Standards of the constituents of the urine and blood and the bearing of the metabolism of Bengalis on the problems of nutrition - Number 34
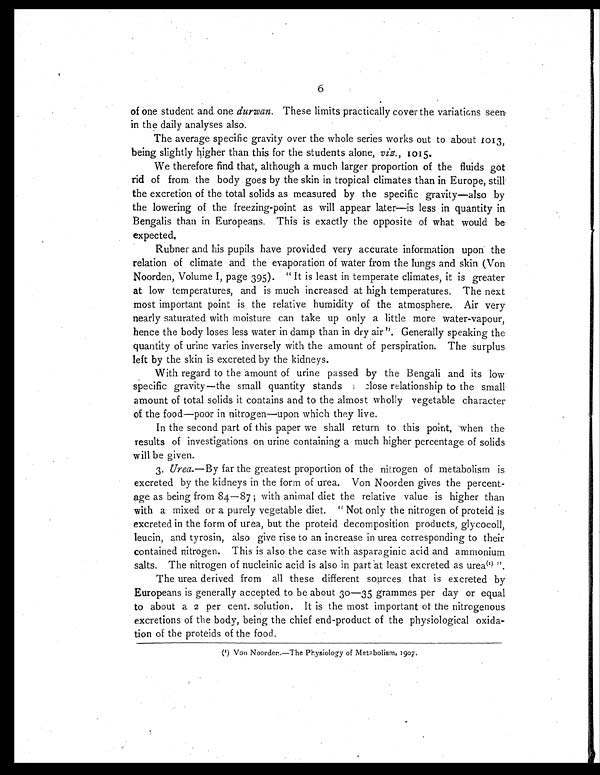
6
of one student and one durwan. These limits practically cover the variations seen
in the daily analyses also.
The average specific gravity over the whole series works out to about 1013,
being slightly higher than this for the students alone, viz. , 1015.
We therefore find that, although a much larger proportion of the fluids got
rid of from the body goes by the skin in tropical climates than in Europe, still
the excretion of the total solids as measured by the specific gravity—also by
the lowering of the freezing-point as will appear later—is less in quantity in
Bengalis than in Europeans. This is exactly the opposite of what would be
expected.
Rubner and his pupils have provided very accurate information upon the
relation of climate and the evaporation of water from the lungs and skin (Von
Noorden, Volume 1, page 395). " It is least in temperate climates, it is greater
at low temperatures, and is much increased at high temperatures. The next
most important point is the relative humidity of the atmosphere. Air very
nearly saturated with moisture can take up only a little more water-vapour,
hence the body loses less water in damp than in dry air ". Generally speaking the
quantity of urine varies inversely with the amount of perspiration. The surplus
left by the skin is excreted by the kidneys.
With regard to the amount of urine passed by the Bengali and its low
specific gravity—the small quantity stands close relationship to the small
amount of total solids it contains and to the almost wholly vegetable character
of the food—poor in nitrogen—upon which they live.
In the second part of this paper we shall return to this point, when the
results of investigations on urine containing a much higher percentage of solids
will be given.
3. Urea .—By far the greatest proportion of the nitrogen of metabolism is
excreted by the kidneys in the form of urea. Von Noorden gives the percent-
age as being from 84—87 ; with animal diet the relative value is higher than
with a mixed or a purely vegetable diet. " Not only the nitrogen of proteid is
excreted in the form of urea, but the proteid decomposition products, glycocoll,
leucin, and tyrosin, also give rise to an increase in urea corresponding to their
contained nitrogen. This is also the case with asparaginic acid and ammonium
salts. The nitrogen of nucleinic acid is also in part at least excreted as ure(1) ".
The urea derived from all these different sources that is excreted by
Europeans is generally accepted to be about 30—35 grammes per day or equal
to about a 2 per cent. solution. It is the most important of the nitrogenous
excretions of the body, being the chief end-product of the physiological oxida-
tion of the proteids of the food.
(1) Von Noorder.—The Physiology of Metabolism, 1907.